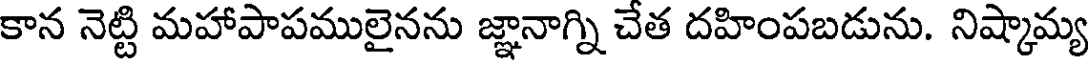
కాన నెట్టి మహాపాపములైనను జ్ఞానాగ్ని చేత దహింపబడును. నిష్కామ్య